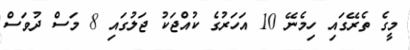
މީގެ ތެރޭގައި ހިމެނޭ 10 އަހަރުގެ ކުއްޖަކު ޖަލުގައި 8 މަސް ދުވަސް